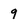
Character: 9